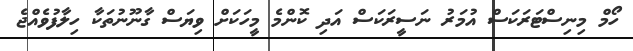
ހޯމް މިނިސްޓަރަކަސް އުމަރު ނަސީރަކަސް އަދި ކޮންމެ މީހަކަށް ވިޔަސް ގާނޫނުތަކާ ހިލާފުވެއްޖެ